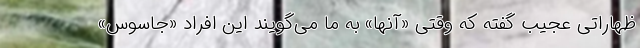
ظهاراتی عجیب گفته که وقتی «آنها» به ما می‌گویند این افراد «جاسوس»